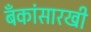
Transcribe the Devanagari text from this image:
बँकांसारखी